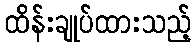
ထိန်းချုပ်ထားသည့်